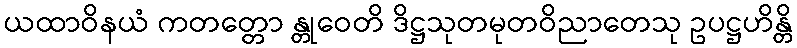
ယထာဝိနယံ ကတတ္တော န္တုဝေတိ ဒိဋ္ဌသုတမုတဝိညာတေသု ဥပဋ္ဌဟိန္တိ